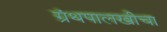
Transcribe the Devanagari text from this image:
ग्रंथपालखीचा